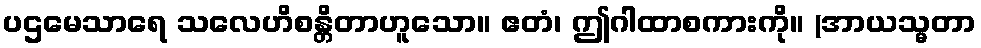
ပဌမေသာရေ သလေဟိစန္တိတာဟူသော။ ဧတံ၊ ဤဂါထာစကားကို။ (အာယသ္မတာ